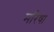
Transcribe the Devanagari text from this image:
मरिषा